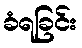
ခံရခြင်း